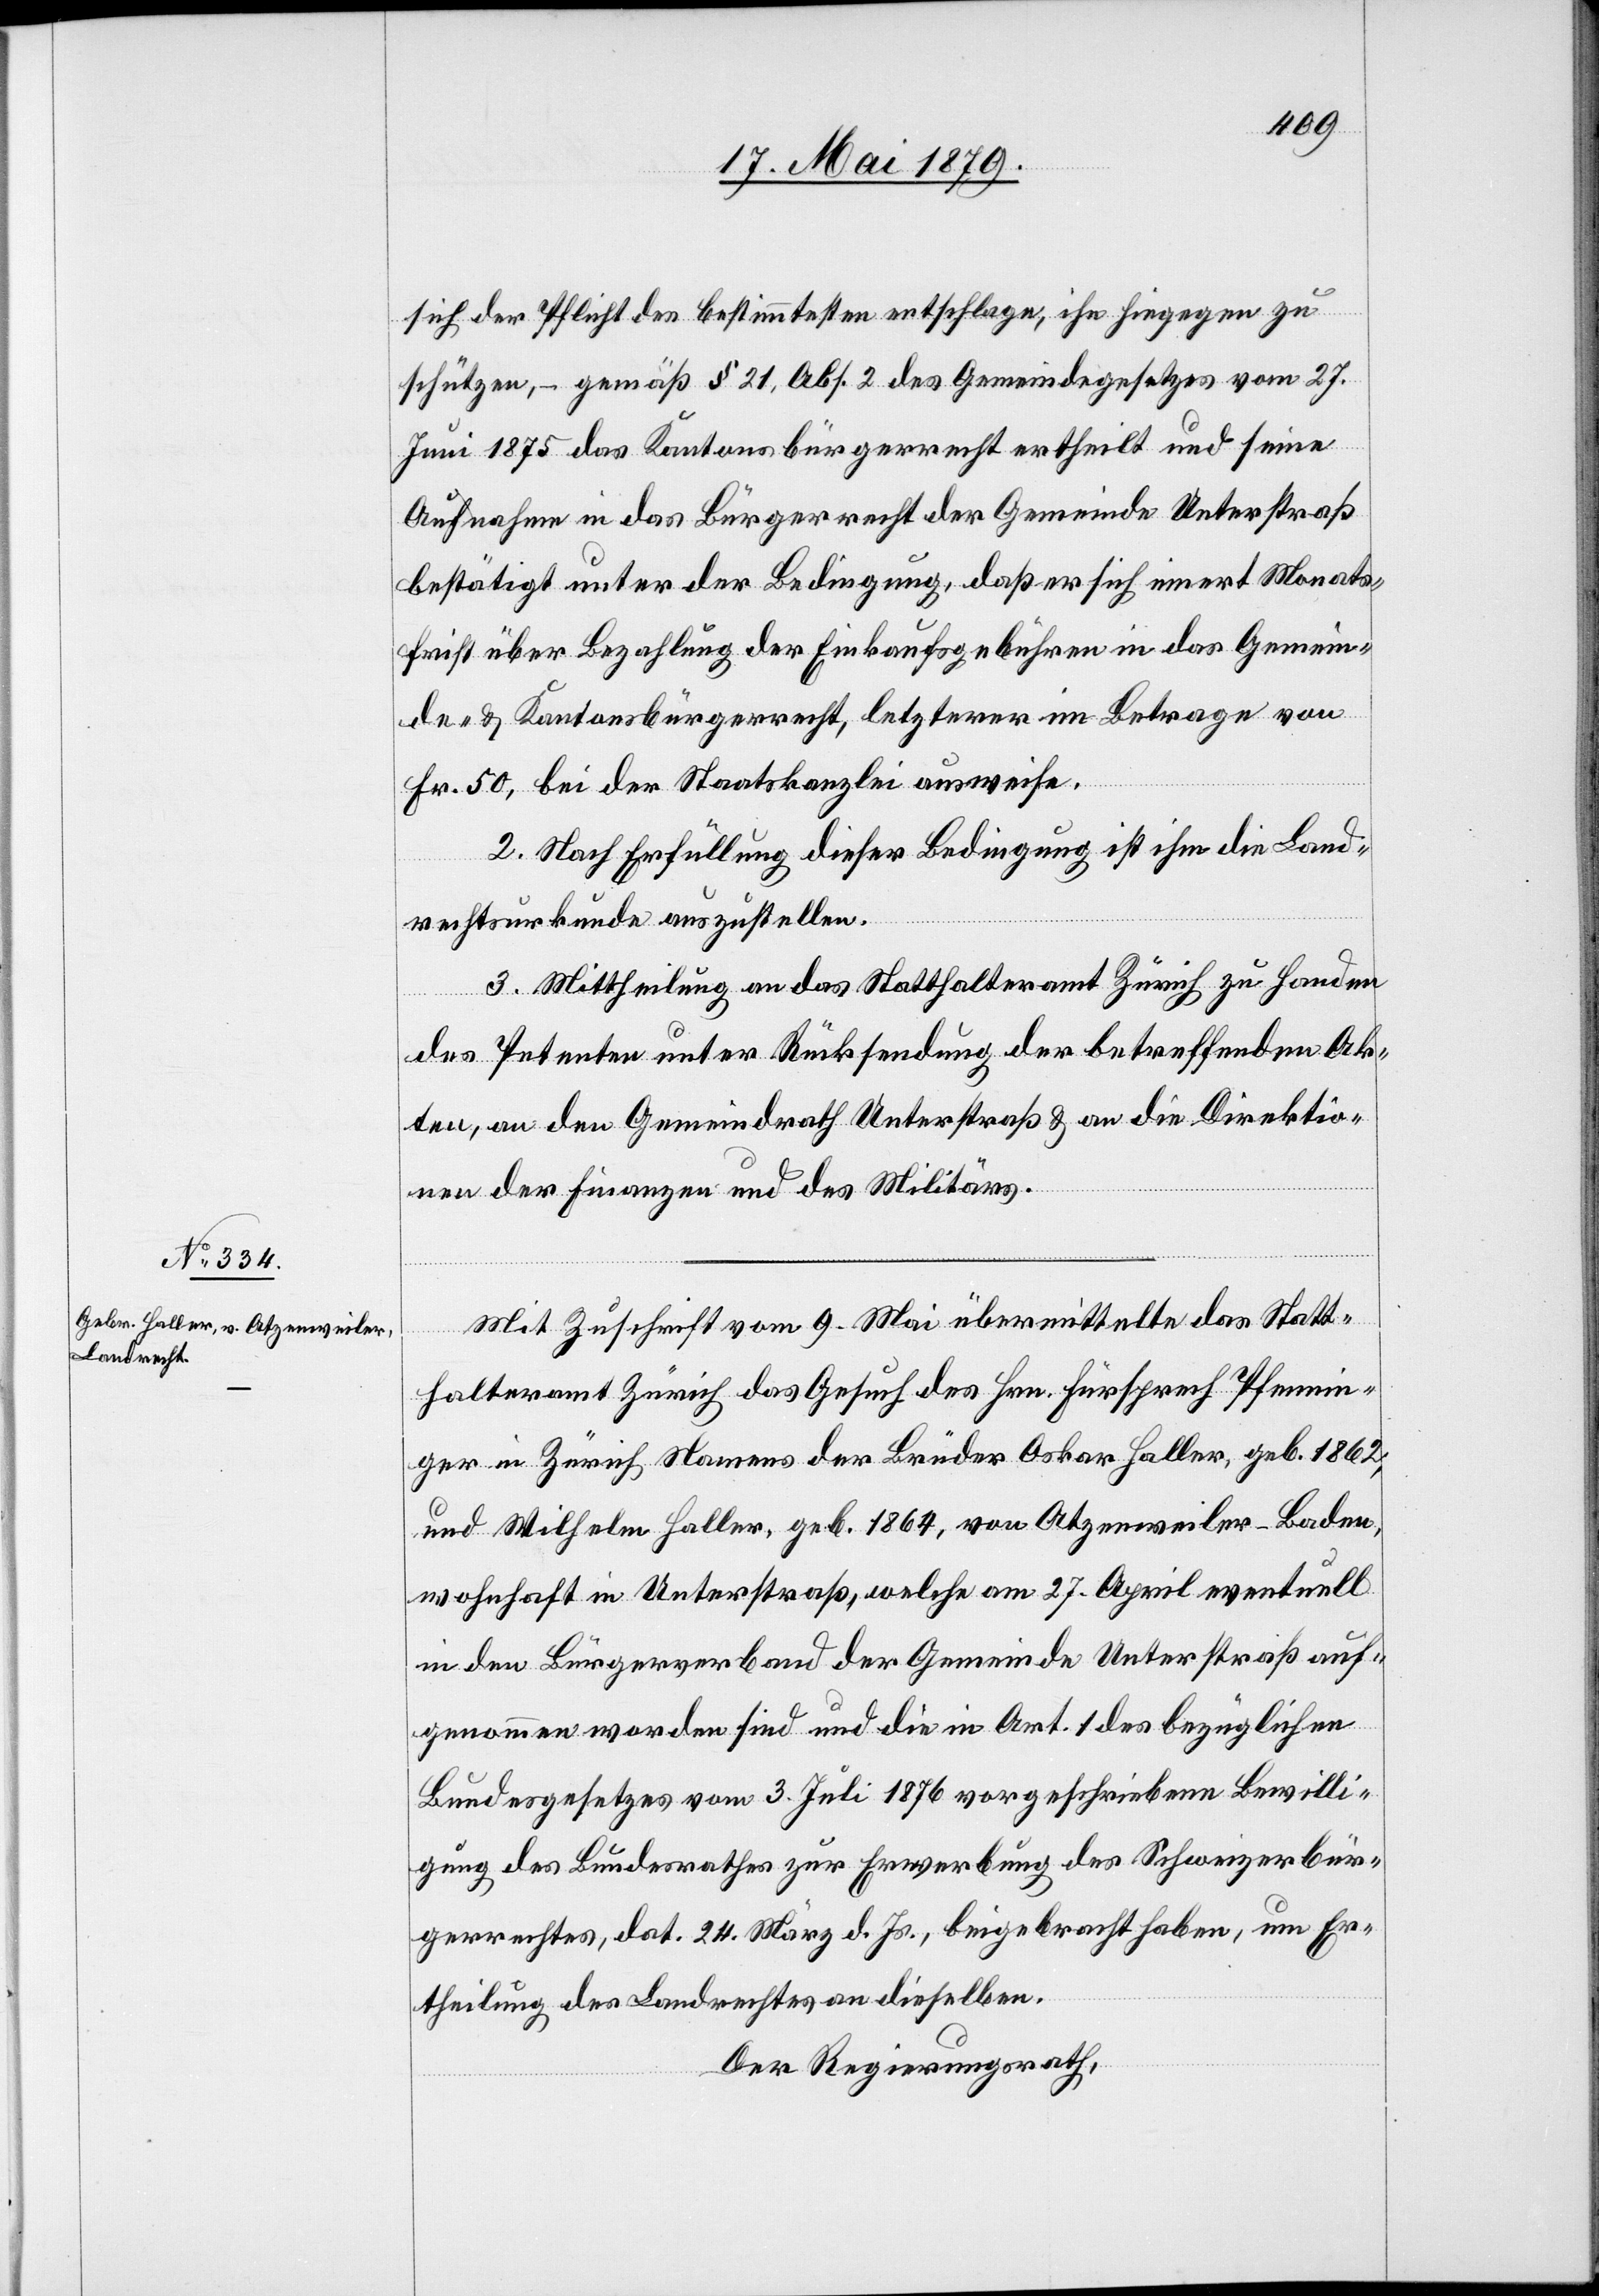
sich der Pflicht des bestimmtesten entschlage, ihn hiegegen zu
schützen, – gemäß § 21, Abs. 2 des Gemeindegesetzes vom 27.
Juni 1875 das Kantonsbürgerrecht ertheilt und seine
Aufnahme in das Bürgerrecht der Gemeinde Unterstraß
bestätigt unter der Bedingung, daß er sich innert Monats¬
frist über Bezahlung der Einkaufsgebühren in das Gemein¬
de- & Kantonsbürgerrecht, letzterer im Betrage von
Fr. 50, bei der Staatskanzlei ausweise.
2. Nach Erfüllung dieser Bedingung ist ihm die Land¬
rechtsurkunde auszustellen.
3. Mittheilung an das Statthalteramt Zürich zu Handen
des Petenten unter Rücksendung der betreffenden Ak¬
ten, an den Gemeindrath Unterstraß & an die Direktio¬
nen der Finanzen und des Militärs.
Mit Zuschrift vom 9. Mai übermittelte das Statt¬
halteramt Zürich das Gesuch des Hrn. Fürsprech Pfennin¬
ger in Zürich Namens der Brüder Oskar Haller, geb. 1862,
und Wilhelm Haller, geb. 1864, von Atzenweiler - Baden,
wohnhaft in Unterstraß, welche am 27. April eventuell
in den Bürgerverband der Gemeinde Unterstraß auf¬
genommen worden sind und die in Art. 1 des bezüglichen
Bundesgesetzes vom 3. Juli 1876 vorgeschriebene Bewilli¬
gung des Bundesrathes zur Erwerbung des Schweizerbür¬
gerrechtes, dat. 24. März d. Js., beigebracht haben, um Er¬
theilung des Landrechtes an dieselben.
Der Regierungsrath,